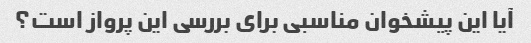
آیا این پیشخوان مناسبی برای بررسی این پرواز است؟